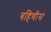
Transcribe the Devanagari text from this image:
बहिणीस